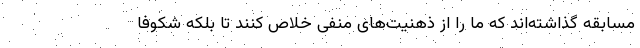
مسابقه گذاشته‌اند که ما را از ذهنیت‌های منفی خلاص کنند تا بلکه شکوفا